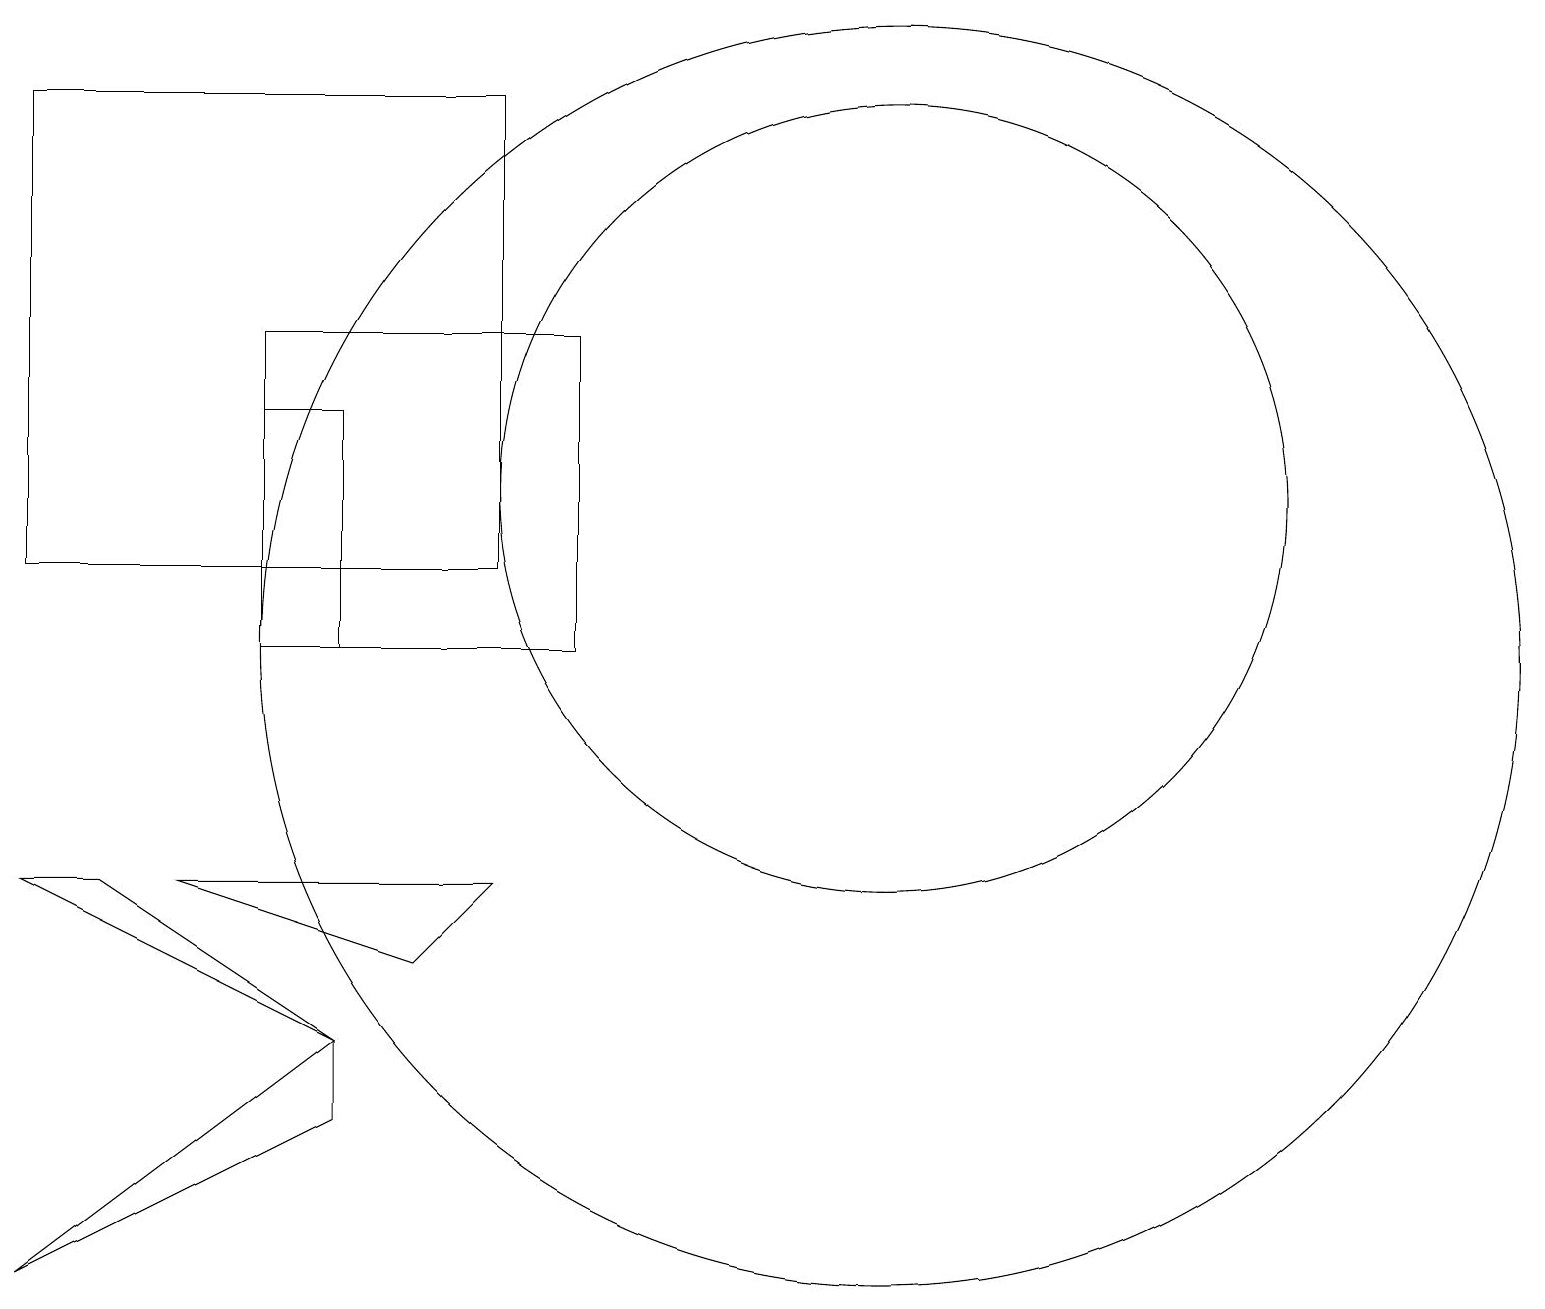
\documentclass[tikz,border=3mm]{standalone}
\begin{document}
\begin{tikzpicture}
\draw (7,10) rectangle (3,14);
\draw (5,6) -- (6,7) -- (2,7) -- cycle;
\draw (4,4) -- (4,5) -- (0,2) -- cycle;
\draw (3,10) rectangle (4,13);
\draw (1,7) -- (0,7) -- (4,5) -- cycle;
\draw (11,12) circle (5);
\draw (11,10) circle (8);
\draw (0,17) rectangle (6,11);
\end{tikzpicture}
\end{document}